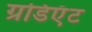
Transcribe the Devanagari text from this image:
ग्रडिएँट